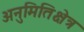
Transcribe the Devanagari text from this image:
अनुमितिक्षेत्र